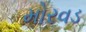
મોરવડ